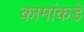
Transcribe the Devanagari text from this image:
कामांकडे